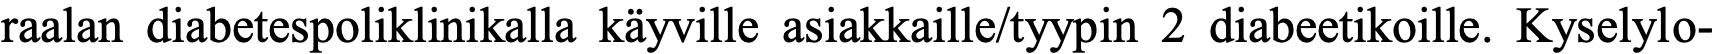
raalan diabetespoliklinikalla käyville asiakkaille/tyypin 2 diabeetikoille. Kyselylo-